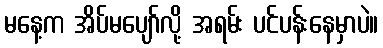
မနေ့က အိပ်မပျော်လို့ အရမ်း ပင်ပန်းနေမှာပဲ။